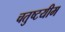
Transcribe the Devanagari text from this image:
चतुष्टयीम